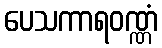
ပေသကာရဝဏ္ဏံ